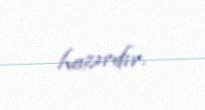
hazırdır.